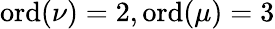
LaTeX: {\mathrm{ord}}(\nu)=2,{\mathrm{ord}}(\mu)=3